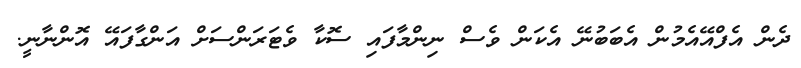
ދެން އެފްއޭއެމުން އެބަބުނޭ އެކަން ވެސް ނިންމާފައި ސޮކާ ވެޓަރަންސަށް އަންގާފައޭ އޮންނާނީ.